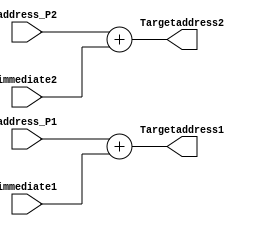
module BTA(
input [7:0] address_P1, address_P2,
input [7:0] immediate1, immediate2,
output [7:0] Targetaddress1, Targetaddress2

);


	assign Targetaddress1 = address_P1 + immediate1;
	
	assign Targetaddress2 = address_P2 + immediate2;

endmodule